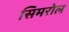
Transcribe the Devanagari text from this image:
सिमरोल